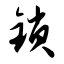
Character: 锁